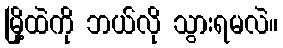
မြို့ထဲကို ဘယ်လို သွားရမလဲ။